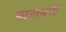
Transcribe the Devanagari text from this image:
पारायण़